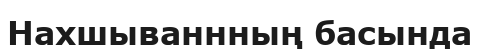
Нахшываннның басында